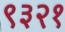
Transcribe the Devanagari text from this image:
९३२१